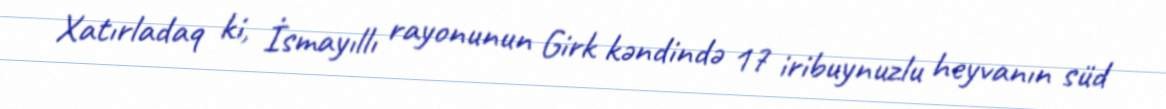
Xatırladaq ki, İsmayıllı rayonunun Girk kəndində 17 iribuynuzlu heyvanın süd